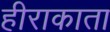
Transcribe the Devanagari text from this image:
हीराकाता